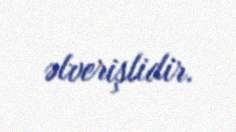
əlverişlidir.